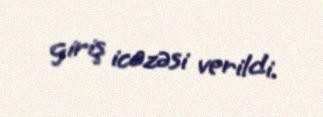
giriş icazəsi verildi.